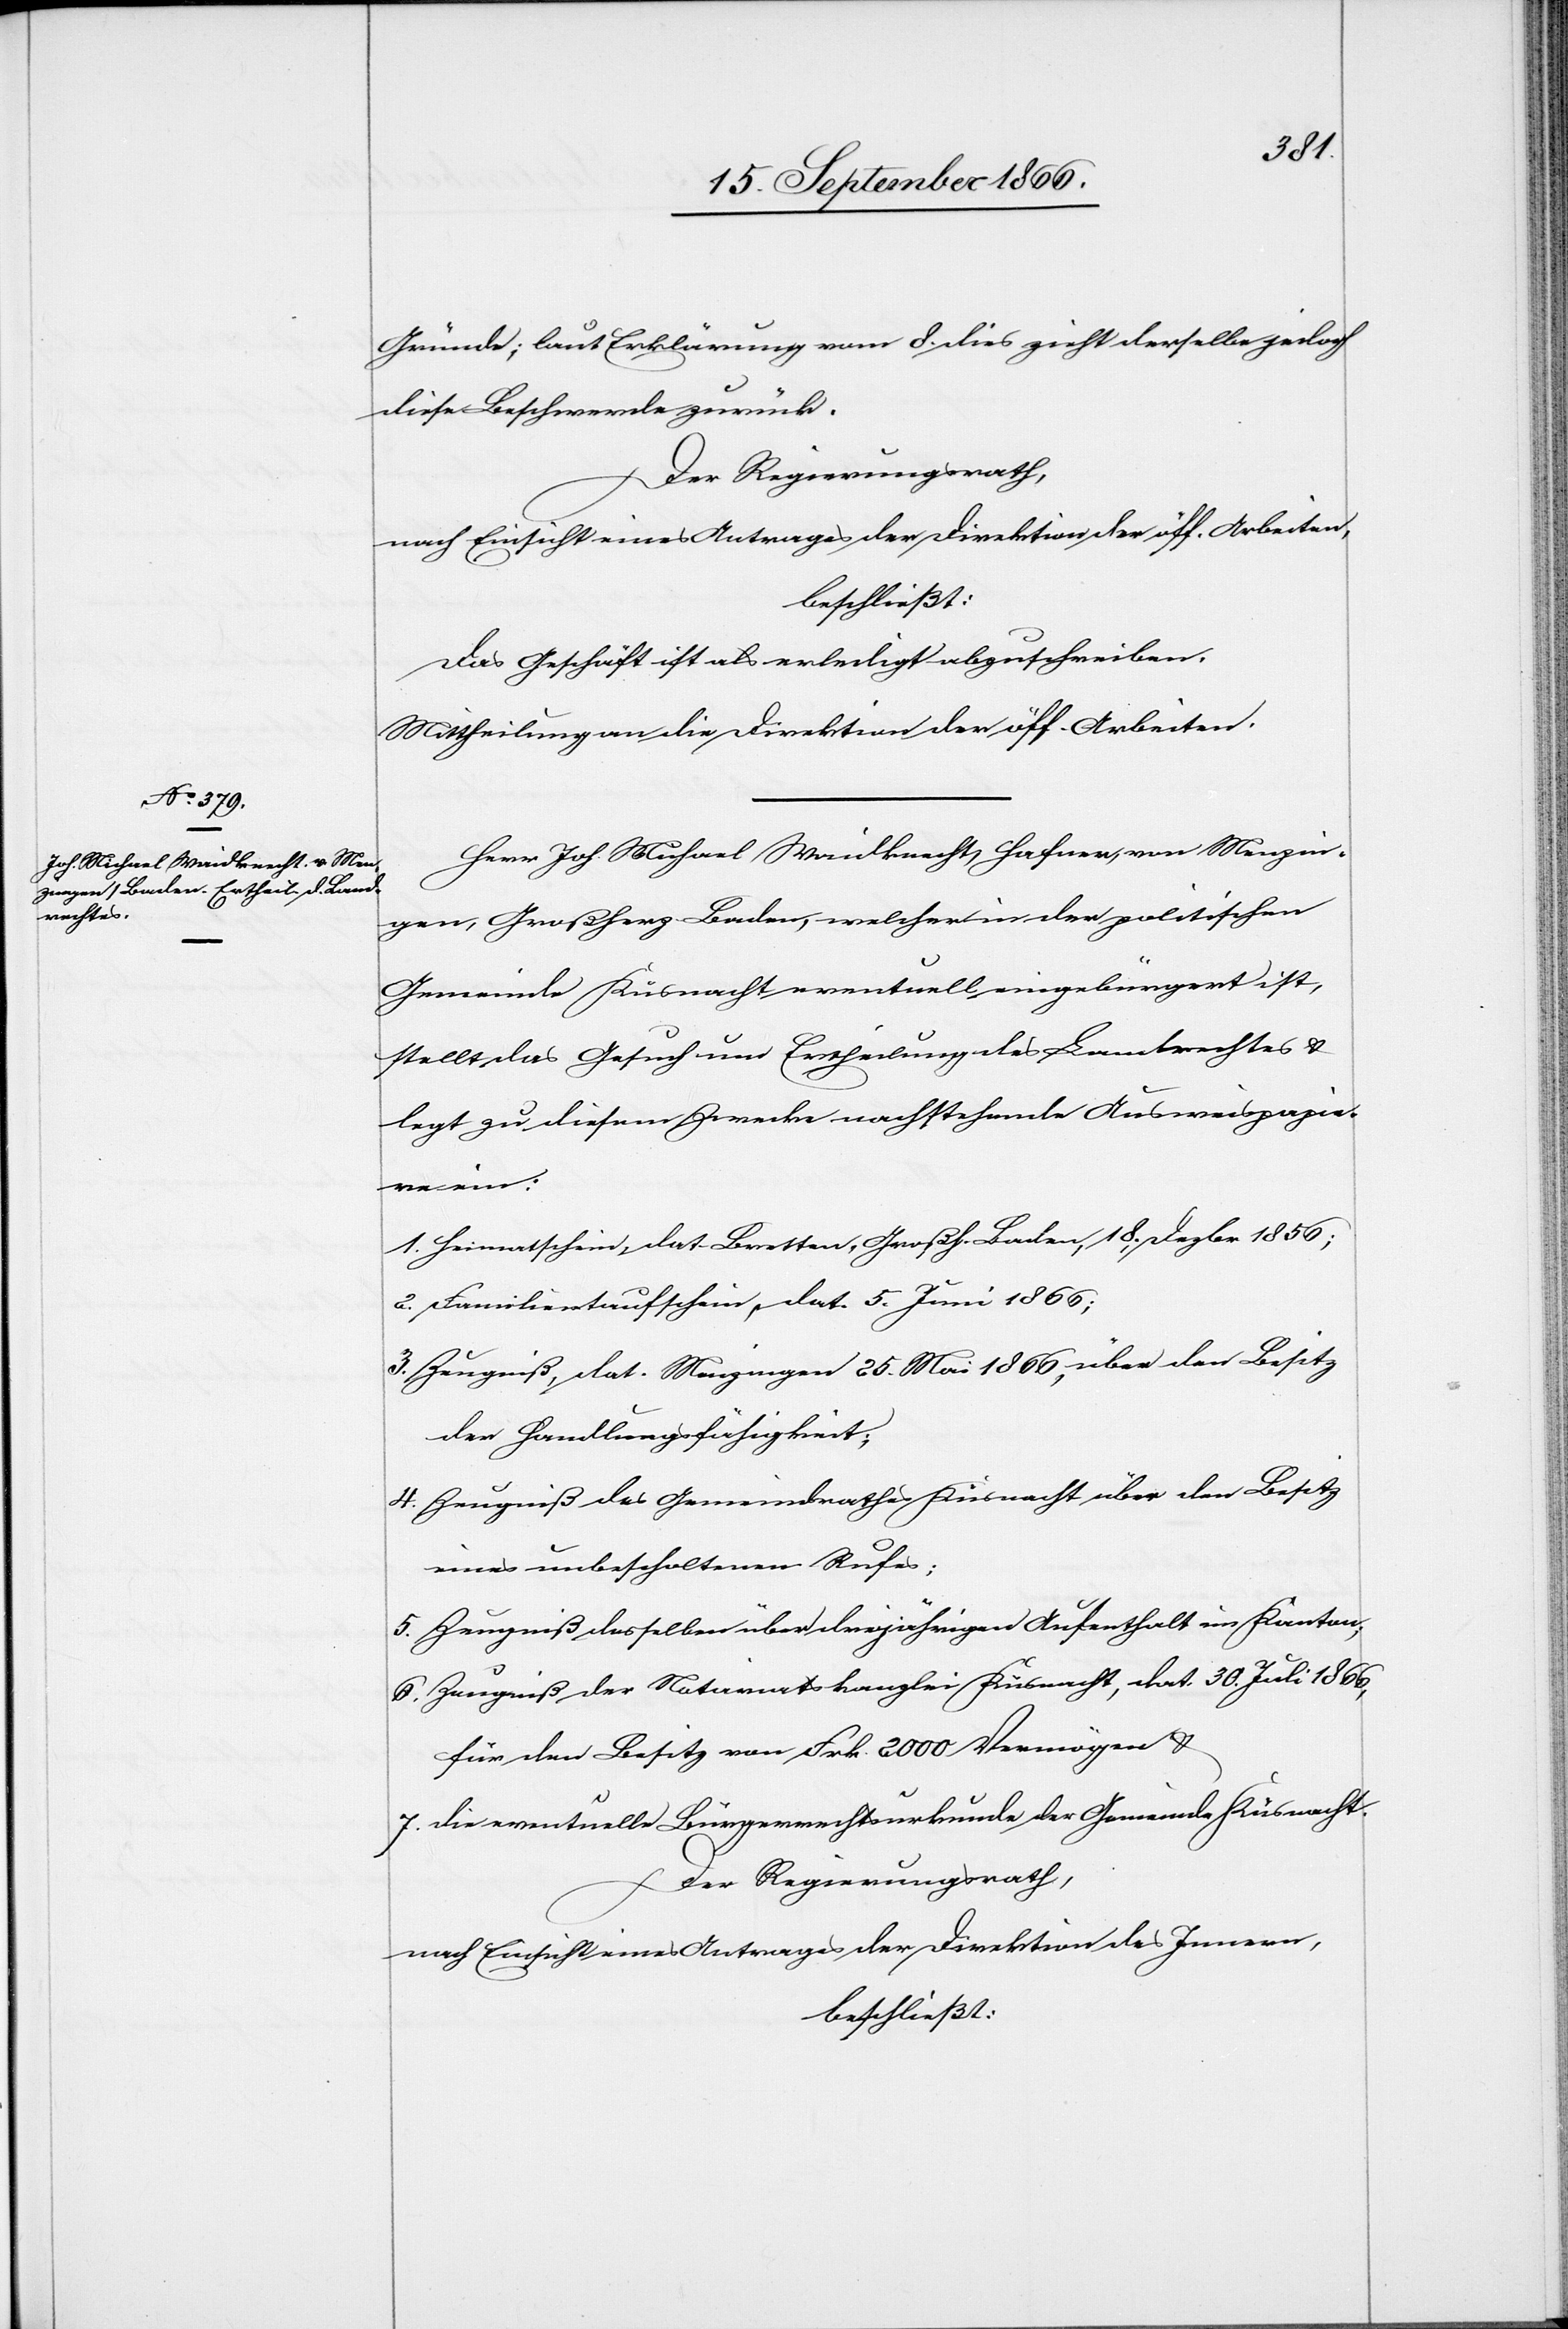
Gründe; laut Erklärung vom 8. dies zieht derselbe jedoch
diese Beschwerde zurück.
Der Regierungsrath,
nach Einsicht eines Antrages der Direktion der öff. Arbeiten,
beschließt:
Das Geschäft ist als erledigt abzuschreiben.
Mittheilung an die Direktion der öff. Arbeiten.
Herr Joh. Michael Waidknecht, Hafner, von Menzin¬
gen, Großherzogthum Baden, welcher in der politischen
Gemeinde Küsnacht eventuell eingebürgert ist,
stellt das Gesuch um Ertheilung des Landrechtes u.
legt zu diesem Zwecke nachstehende Ausweisepapie¬
r ein:
1. Heimatschein, dat. Bretten, Großh. Baden, 18. Dezbr 1856;
2. Familientaufschein, dat. 5. Juni 1866;
3. Zeugniß, dat. Menzingen 25. Mai 1866, über den Besitz
der Handlungsfähigkeit;
4. Zeugniß des Gemeindrathes Küsnacht über den Besitz
eines unbescholtenen Rufes;
5. Zeugniß desselben über dreijährigen Aufenthalt im Kanton;
6. Zeugniß der Notariatskanzlei Küsnacht, dat. 30. Juli 1866,
für den Besitz von Frk. 2000 Vermögen u.
7. die eventuelle Bürgerrechtsurkunde der Gemeinde Küsnacht.
Der Regierungsrath,
nach Einsicht eines Antrages der Direktion des Innern,
beschließt: